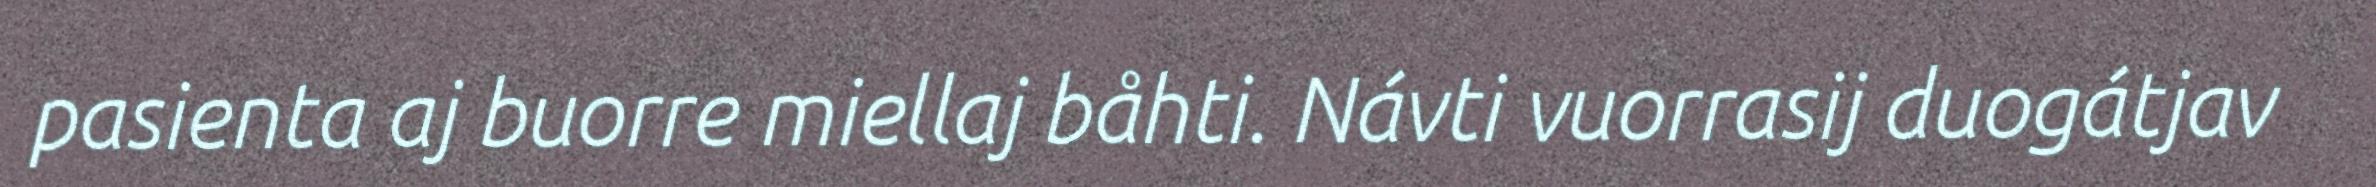
pasienta aj buorre miellaj båhti. Návti vuorrasij duogátjav